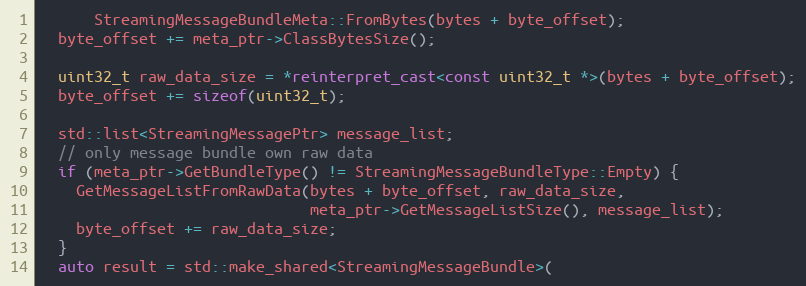
Language: C++
      StreamingMessageBundleMeta::FromBytes(bytes + byte_offset);
  byte_offset += meta_ptr->ClassBytesSize();

  uint32_t raw_data_size = *reinterpret_cast<const uint32_t *>(bytes + byte_offset);
  byte_offset += sizeof(uint32_t);

  std::list<StreamingMessagePtr> message_list;
  // only message bundle own raw data
  if (meta_ptr->GetBundleType() != StreamingMessageBundleType::Empty) {
    GetMessageListFromRawData(bytes + byte_offset, raw_data_size,
                              meta_ptr->GetMessageListSize(), message_list);
    byte_offset += raw_data_size;
  }
  auto result = std::make_shared<StreamingMessageBundle>(